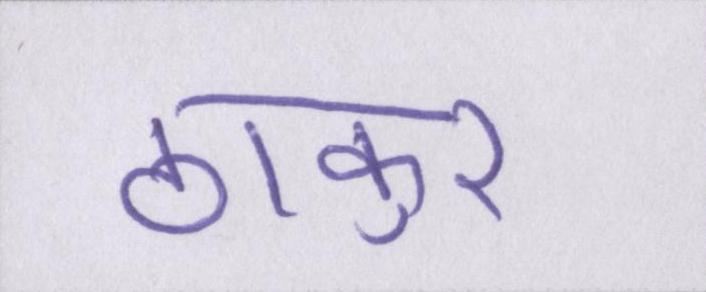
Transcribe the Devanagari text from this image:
ठाकुर